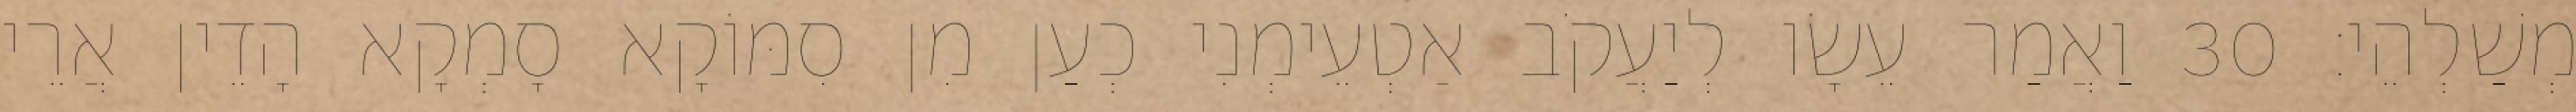
מְשַׁלְהֵי׃ 30 וַאֲמַר עֵשָׂו לְיַעֲקֹב אַטְעֵימְנִי כְעַן מִן סִמּוֹקָא סָמְקָא הָדֵין אֲרֵי